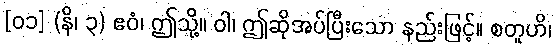
[၀၁] (နိ၊ ၃) ဧဝံ၊ ဤသို့။ ဝါ၊ ဤဆိုအပ်ပြီးသော နည်းဖြင့်။ စတူဟိ၊